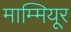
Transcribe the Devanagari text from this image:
माम्मियूर